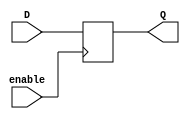
module Gated_DLatch(
    input D,
    input enable,
    output reg Q
    );

    always @(posedge enable)
    begin
        if (enable)
            Q <= D;
    end

endmodule